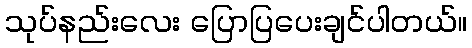
သုပ်နည်းလေး ပြောပြပေးချင်ပါတယ်။